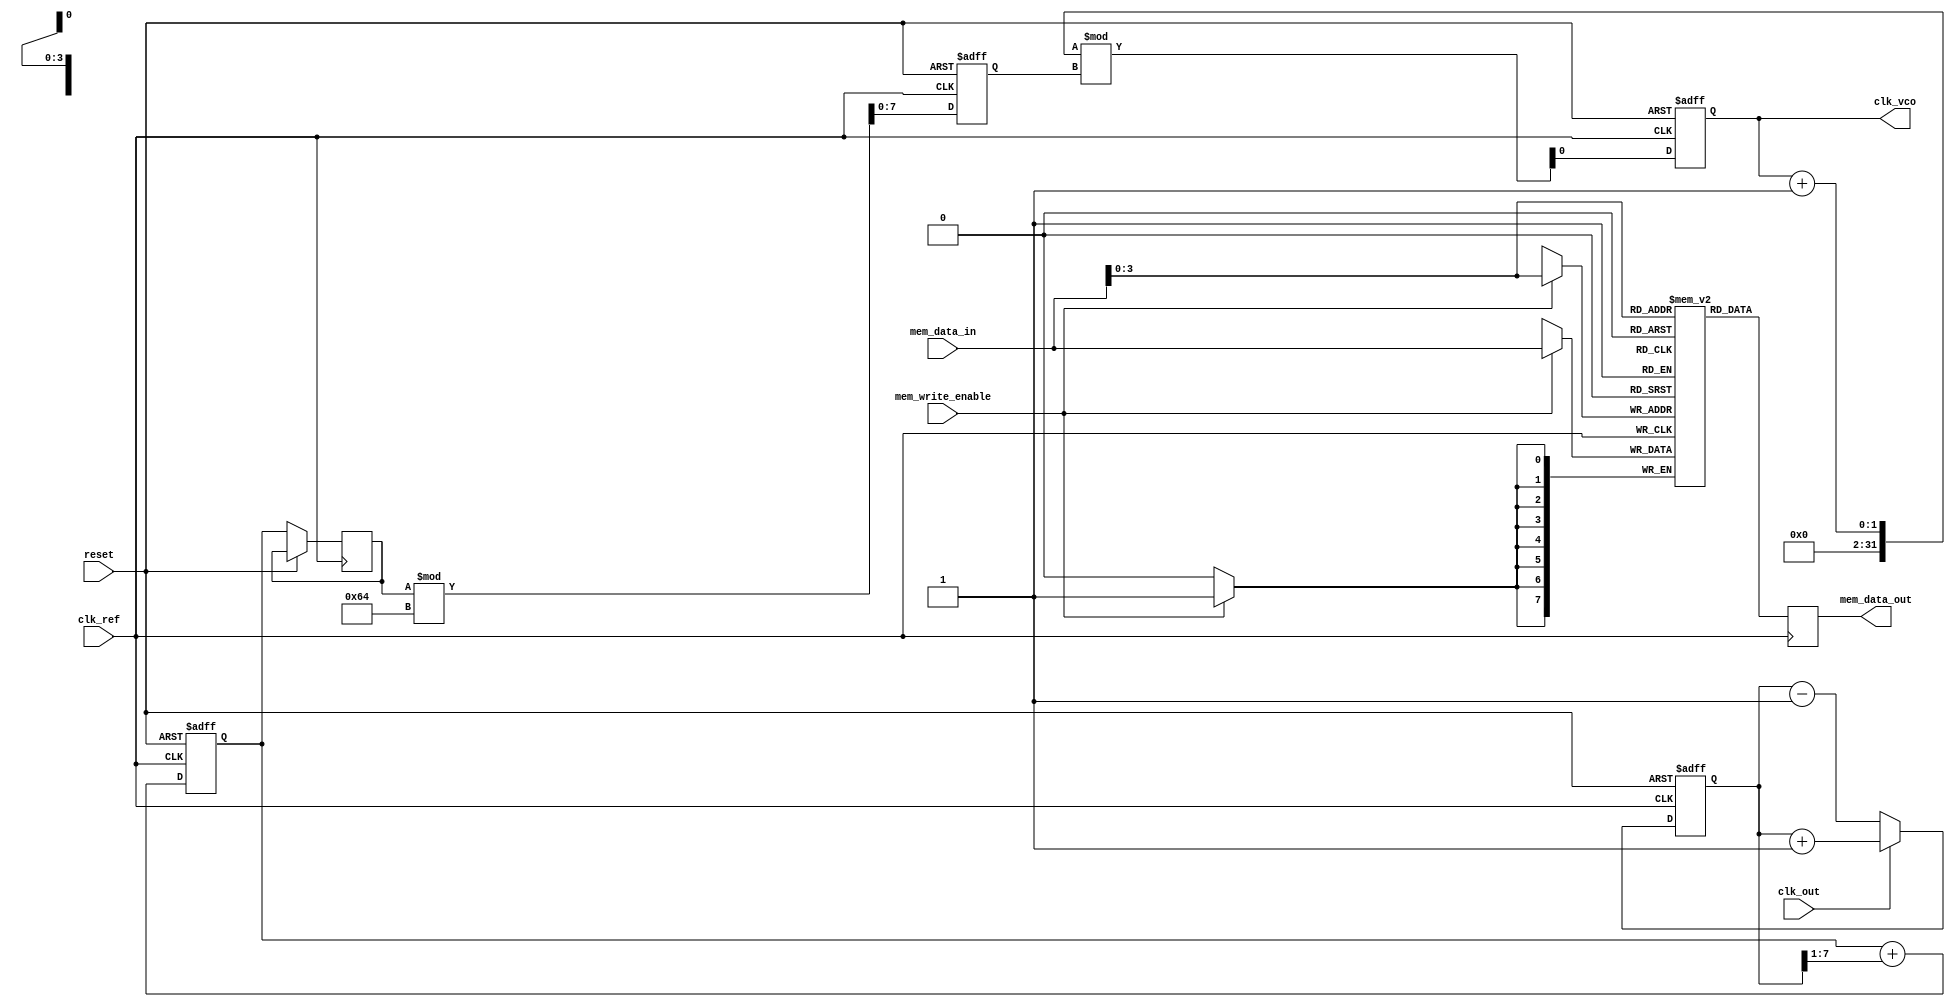
module MemoryBlocksLinearPLL (
    input wire clk_ref,             // Reference clock input
    input wire clk_out,             // Output clock input (for phase comparison)
    input wire reset,               // Reset signal
    input wire [7:0] mem_data_in,   // Data input for memory block
    input wire mem_write_enable,     // Memory write enable
    output reg [7:0] mem_data_out,   // Data output from memory block
    output reg clk_vco               // VCO output clock
);

    // Parameters
    parameter PHASE_DETECTOR_WIDTH = 8; // Width of the phase detector output
    parameter LOOP_FILTER_WIDTH = 8;     // Width of the loop filter output
    parameter VCO_MAX_FREQ = 100;         // Max frequency of VCO (arbitrary units)
    
    // Internal signals
    reg [PHASE_DETECTOR_WIDTH-1:0] phase_error; // Phase error signal
    reg [LOOP_FILTER_WIDTH-1:0] loop_filter_output; // Output of the loop filter
    reg [7:0] vco_control_voltage; // Control voltage for the VCO
    reg [7:0] vco_frequency; // Frequency of the VCO

    // Memory block (simple register based)
    reg [7:0] memory_block [0:15]; // 16x8 memory block

    // Phase Detector (PD)
    always @(posedge clk_ref or posedge reset) begin
        if (reset) begin
            phase_error <= 0;
        end else begin
            // Simple phase comparison logic (example)
            if (clk_out) begin
                phase_error <= phase_error + 1; // Increment if clk_out is high
            end else begin
                phase_error <= phase_error - 1; // Decrement if clk_out is low
            end
        end
    end

    // Loop Filter (LF)
    always @(posedge clk_ref or posedge reset) begin
        if (reset) begin
            loop_filter_output <= 0;
        end else begin
            // Simple first-order loop filter (example)
            loop_filter_output <= loop_filter_output + (phase_error >> 1); // Integrate phase error
        end
    end

    // Voltage-Controlled Oscillator (VCO)
    always @(posedge clk_ref or posedge reset) begin
        if (reset) begin
            vco_frequency <= 0;
            clk_vco <= 0;
        end else begin
            // Control VCO frequency based on loop filter output
            vco_control_voltage <= loop_filter_output[7:0]; // Use lower 8 bits
            vco_frequency <= vco_control_voltage % VCO_MAX_FREQ; // Simple frequency control
            clk_vco <= (clk_vco + 1) % vco_frequency; // Generate output clock
        end
    end

    // Memory Block Operations
    always @(posedge clk_ref) begin
        if (mem_write_enable) begin
            memory_block[mem_data_in[3:0]] <= mem_data_in; // Write data to memory
        end
        mem_data_out <= memory_block[mem_data_in[3:0]]; // Read data from memory
    end

endmodule